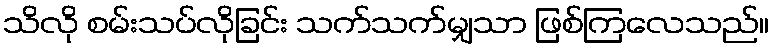
သိလို စမ်းသပ်လိုခြင်း သက်သက်မျှသာ ဖြစ်ကြလေသည်။